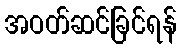
အဝတ်ဆင်ခြင်ရန်